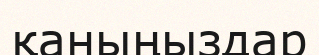
қаныңыздар